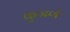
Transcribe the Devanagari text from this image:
कुजणे